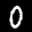
Label: 0